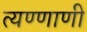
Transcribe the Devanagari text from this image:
त्यण्णाणी